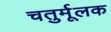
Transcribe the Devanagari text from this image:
चतुर्मूलक